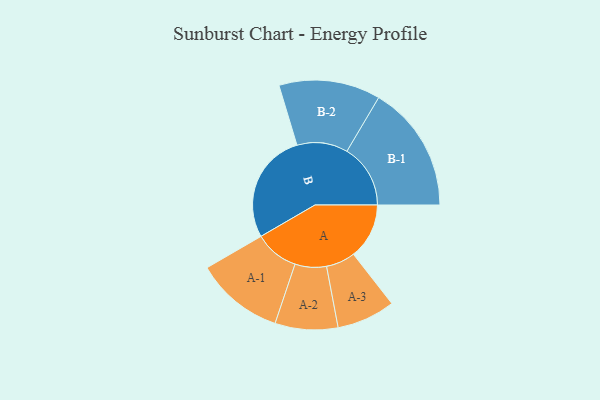
{"axis": {"x": "Segment", "y": "Value"}, "legend": ["", "A", "B"], "data": [{"x": "A", "y": 227, "type": ""}, {"x": "B", "y": 451, "type": ""}, {"x": "A-1", "y": 180, "type": "A"}, {"x": "A-2", "y": 128, "type": "A"}, {"x": "A-3", "y": 119, "type": "A"}, {"x": "B-1", "y": 259, "type": "B"}, {"x": "B-2", "y": 207, "type": "B"}]}